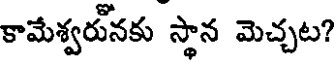
కామేశ్వరునకు స్థాన మెచ్చట?